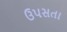
ઉપસતા